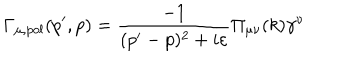
\Gamma _ { \mu , p o l } ( p ^ { \prime } , p ) = \frac { - 1 } { ( p ^ { \prime } - p ) ^ { 2 } + i \varepsilon } \Pi _ { \mu \nu } ( k ) \gamma ^ { \nu }